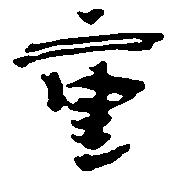
重